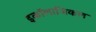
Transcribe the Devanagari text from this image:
इकॉलाजिकल